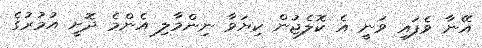
އޭނާ ވެފައި ވަނީ އެ ކޮލެޖުން ކިޔަވާ ނިންމާލި އެންމެ ދޮށީ އުމުރުގެ